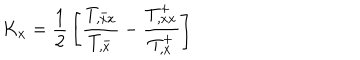
K _ { x } = { \frac { 1 } { 2 } } \left[ { \frac { T _ { , x x } ^ { - } } { T _ { , x } ^ { - } } } - { \frac { T _ { , x x } ^ { + } } { T _ { , x } ^ { + } } } \right]